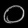
Digit: ၀